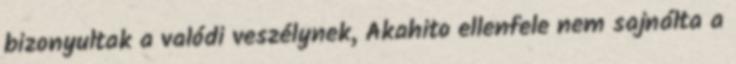
bizonyultak a valódi veszélynek, Akahito ellenfele nem sajnálta a